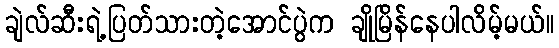
ချဲလ်ဆီးရဲ့ပြတ်သားတဲ့အောင်ပွဲက ချိုမြိန်နေပါလိမ့်မယ်။